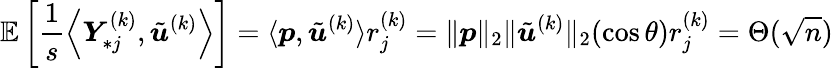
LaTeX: \mathbb{E}\left[\frac{1}{s}\left\langle{\boldsymbol Y}_{*j}^{(k)},\tilde{{\boldsymbol u}}^{(k)}\right\rangle\right]=\langle{\boldsymbol p},\tilde{{\boldsymbol u}}^{(k)}\rangle r_{j}^{(k)}=\| {\boldsymbol p}\| _{2}\| \tilde{{\boldsymbol u}}^{(k)}\| _{2}(\cos\theta)r_{j}^{(k)}=\Theta(\sqrt{n})